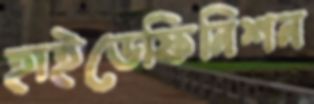
হাইডেফিনিশন